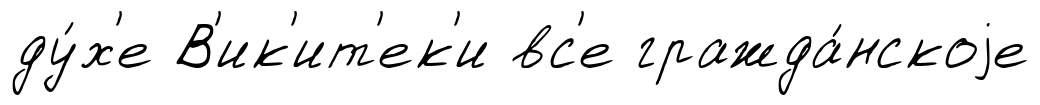
ду́х'е В'ик'ит'ек'и вс'е гражда́нскоjе